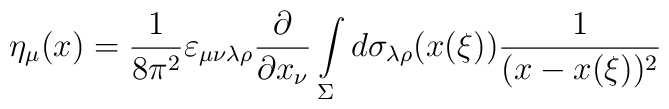
\eta_\mu(x)=\frac{1}{8\pi^2}\varepsilon_{\mu\nu\lambda\rho}\frac{\partial}{\partial x_\nu}\int\limits_{\Sigma}^{}d\sigma_{\lambda\rho}(x(\xi))\frac{1}{(x-x(\xi))^2}